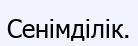
Сенімділік.